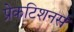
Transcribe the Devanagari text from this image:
प्रेकटिशनर्स